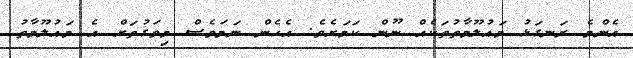
އެންމެ ރަނގަޅު މައުލޫމާތުތަކެއް ނޫން ކަަމަށެވެ. އެހެން ނަމަވެސް މިވަގުތަށް އެ މައުލޫމާތު